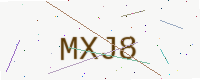
Text: MXJ8